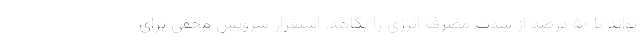
تواند تا ۵۰ درصد از شدت مصرف انرژی را بکاهد. استقرار سرویس مخفی برای